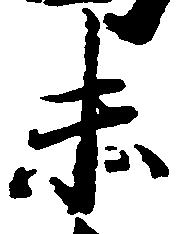
未